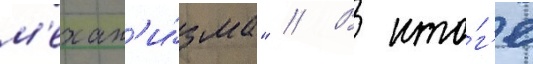
м'ехан'и́зма" // В ито́г'е